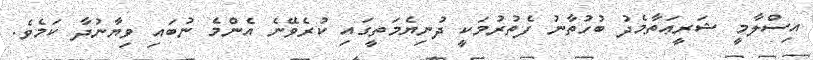
އިސްލާމީ ޝަރީޢަތާމެދު ބުހުތާނު ފެތުރުމަކީ ދުނިޔެމަތީގައި ކުރެވޭނެ އެންމެ ނުބައި ވިޔާނުދާ ކަމެވެ.